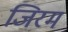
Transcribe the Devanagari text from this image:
जिरम